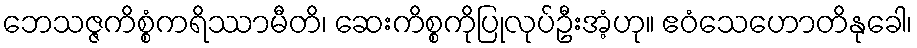
ဘေသဇ္ဇကိစ္စံကရိဿာမီတိ၊ ဆေးကိစ္စကိုပြုလုပ်ဦးအံ့ဟု။ ဧဝံသေဟောတိနုခေါ၊